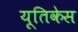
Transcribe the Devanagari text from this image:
यूतिकेस